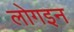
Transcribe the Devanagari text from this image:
लोगइन